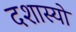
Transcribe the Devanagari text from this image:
दशास्यो